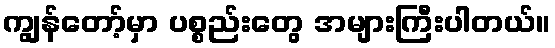
ကျွန်တော့်မှာ ပစ္စည်းတွေ အများကြီးပါတယ်။